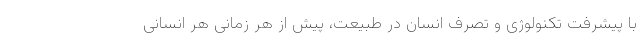
با پیشرفت تکنولوژی و تصرف انسان در طبیعت، پیش از هر زمانی هر انسانی